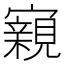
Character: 寴